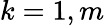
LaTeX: k=1,m